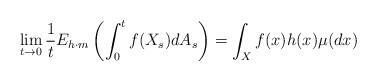
LaTeX: \begin{align*} \lim_{t\rightarrow 0}\frac{1}{t}E_{h\cdot{m}} \left(\int_{0}^{t}f(X_{s})dA_{s}\right) =\int_{X}f(x)h(x)\mu(dx)\end{align*}